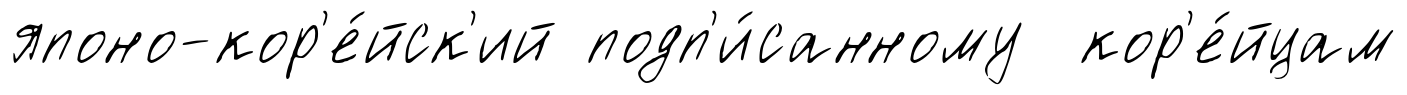
японо-кор'е́йск'ий подп'и́санному кор'е́йцам